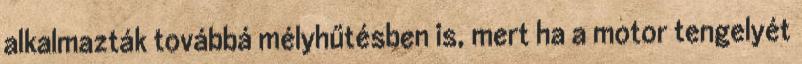
alkalmazták továbbá mélyhűtésben is, mert ha a motor tengelyét